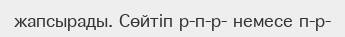
жапсырады. Сөйтіп р-п-р- немесе п-р-